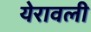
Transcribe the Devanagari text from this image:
येरावली